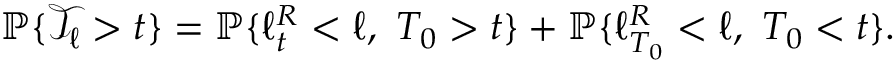
\mathbb { P } \{ \mathcal { T } _ { \ell } > t \} = \mathbb { P } \{ \ell _ { t } ^ { R } < \ell , ~ T _ { 0 } > t \} + \mathbb { P } \{ \ell _ { T _ { 0 } } ^ { R } < \ell , ~ T _ { 0 } < t \} .